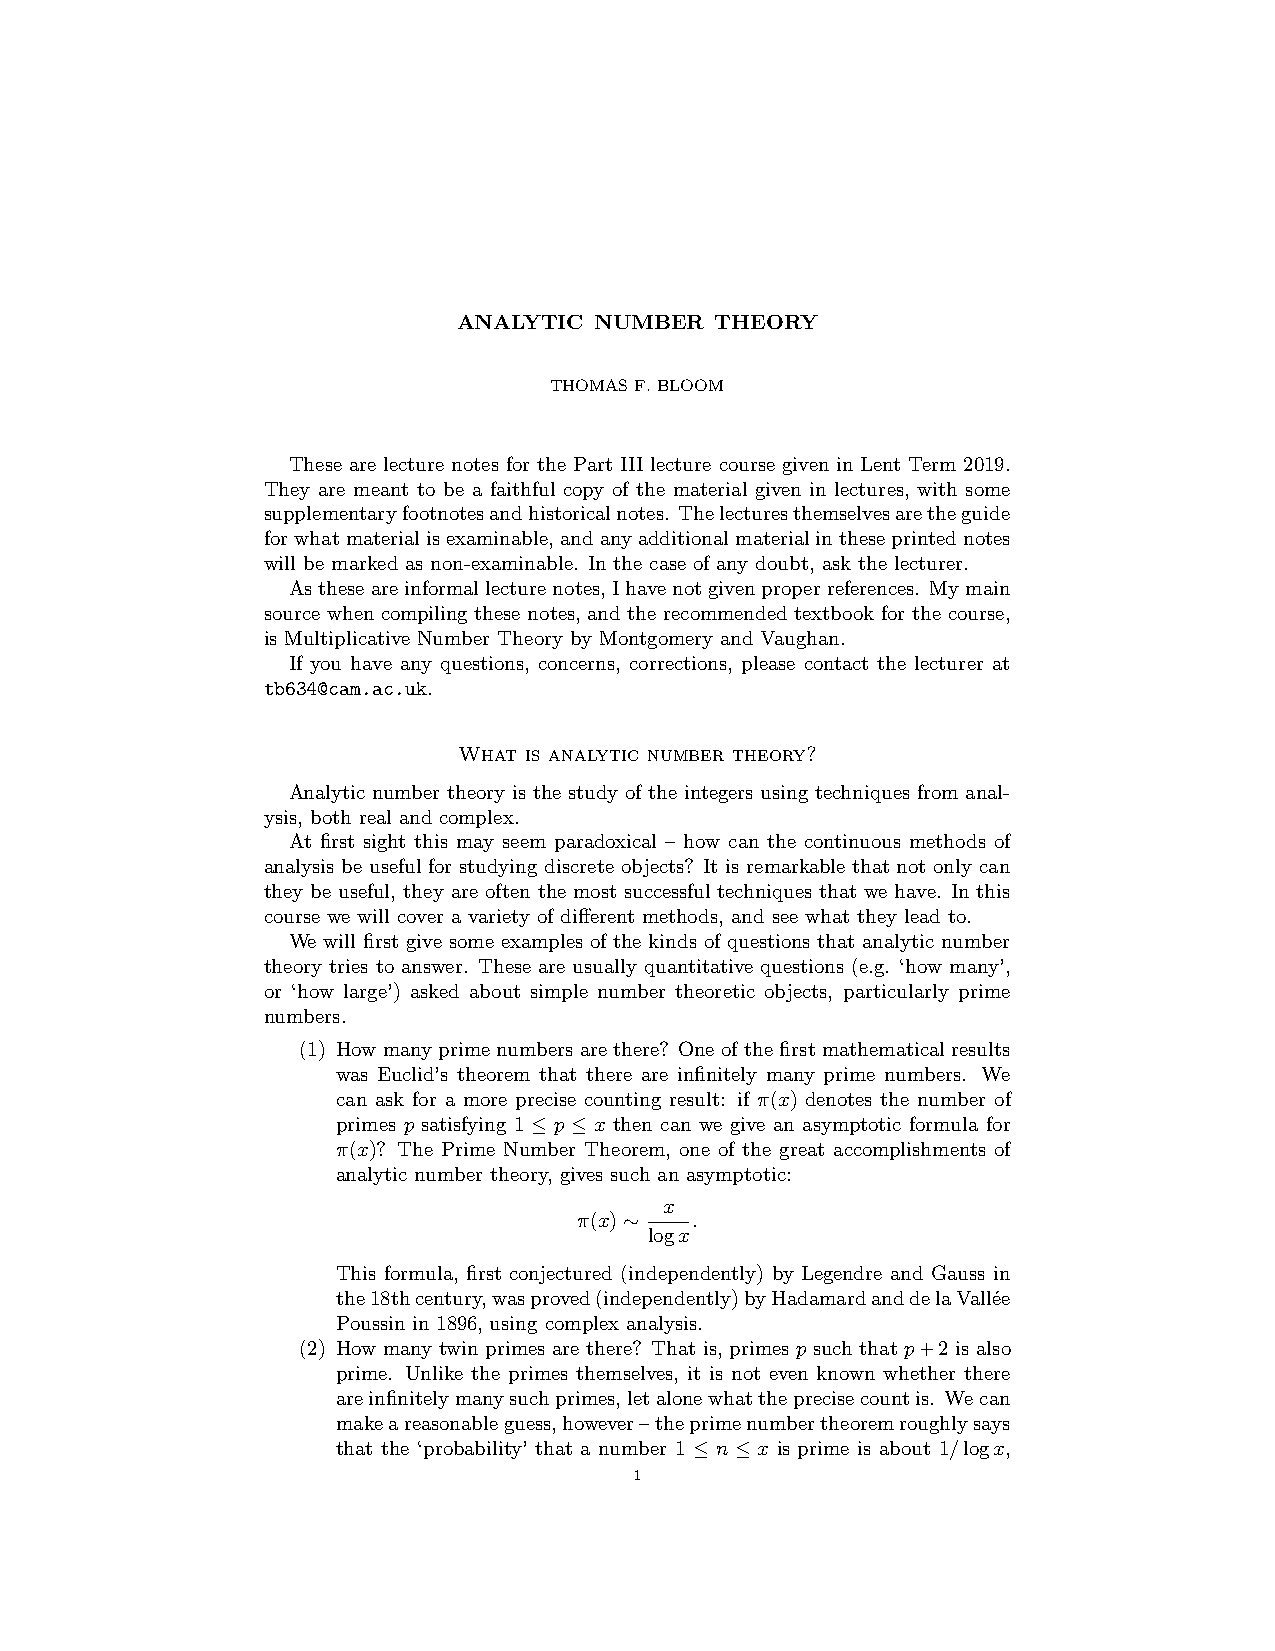
ANALYTIC NUMBER  THEORY
 THOMASF.BLOOM
 These are lecture notes for the Part III lecture course given in Lent Term 2019.
 They are meant to be a faithful copy of the material given in lectures, with some
 supplementaryfootnotesandhistoricalnotes. Thelecturesthemselvesaretheguide
 forwhatmaterialisexaminable,andanyadditionalmaterialintheseprintednotes
 will be marked as non-examinable. In the case of any doubt, ask the lecturer.
 Astheseareinformallecturenotes,Ihavenotgivenproperreferences. Mymain
 source when compiling these notes, and the recommended textbook for the course,
 is Multiplicative Number Theory by Montgomery and Vaughan.
 If you have any questions, concerns, corrections, please contact the lecturer at
 tb634@cam.ac.uk.
 What is analytic number theory?
 Analytic number theory is the study of the integers using techniques from anal-
 ysis, both real and complex.
 At first sight this may seem paradoxical – how can the continuous methods of
 analysis be useful for studying discrete objects? It is remarkable that not only can
 they be useful, they are often the most successful techniques that we have. In this
 course we will cover a variety of different methods, and see what they lead to.
 We will first give some examples of the kinds of questions that analytic number
 theory tries to answer. These are usually quantitative questions (e.g. ‘how many’,
 or ‘how large’) asked about simple number theoretic objects, particularly prime
 numbers.
 (1) How many prime numbers are there? One of the first mathematical results
 was Euclid’s theorem that there are infinitely many prime numbers. We
 can ask for a more precise counting result: if π(x) denotes the number of
 primes p satisfying 1 ≤ p ≤ x then can we give an asymptotic formula for
 π(x)? The Prime Number Theorem, one of the great accomplishments of
 analytic number theory, gives such an asymptotic:
 x
 π(x)∼   .
 logx
 This formula, first conjectured (independently) by Legendre and Gauss in
 the18thcentury,wasproved(independently)byHadamardanddelaVall´ee
 Poussin in 1896, using complex analysis.
 (2) How many twin primes are there? That is, primes p such that p+2 is also
 prime. Unlike the primes themselves, it is not even known whether there
 areinfinitelymanysuchprimes,letalonewhattheprecisecountis. Wecan
 makeareasonableguess,however–theprimenumbertheoremroughlysays
 that the ‘probability’ that a number 1 ≤ n ≤ x is prime is about 1/logx,
 1